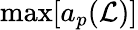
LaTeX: \operatorname*{max}[a_{p}(\mathcal{L})]